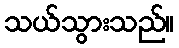
သယ်သွားသည်။